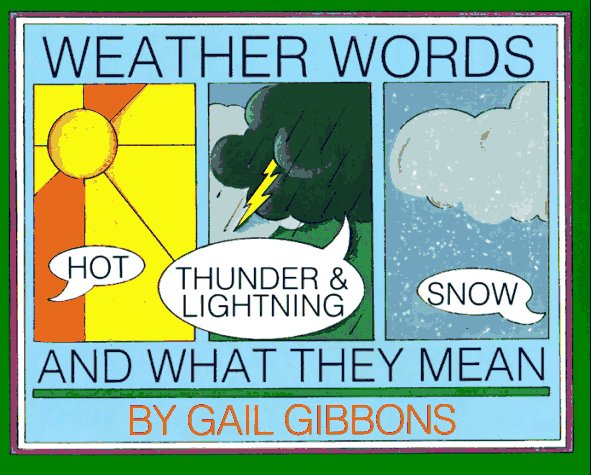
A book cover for Weather Words and What They Mean; Gail Gibbons; Science & Math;